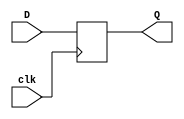
`timescale 1ns / 1ps
//////////////////////////////////////////////////////////////////////////////////
// Company: 
// Engineer: 
// 
// Design Name: 
// Module Name: report4_D_flipflop
// Project Name: 
// Target Devices: 
// Tool Versions: 
// Description: 
// 
// Dependencies: 
// 
// Revision:
// Revision 0.01 - File Created
// Additional Comments:
// 
//////////////////////////////////////////////////////////////////////////////////


module report4_D_flipflop(clk, D, Q);
input D, clk;
output reg Q;

always @(posedge clk)
begin Q <=D;
end
endmodule